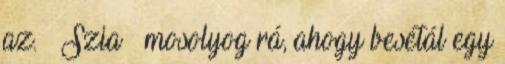
az. – Szia – mosolyog rá, ahogy besétál egy